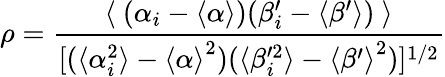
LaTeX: \rho=\frac{\langle~(\alpha_{i}-\langle\alpha\rangle)(\beta_{i}^{\prime}-\langle\beta^{\prime}\rangle)~\rangle}{[(\langle\alpha_{i}^{2}\rangle-{\langle\alpha\rangle}^{2})(\langle\beta_{i}^{\prime 2}\rangle-{\langle\beta^{\prime}\rangle}^{2})]^{1/2}}